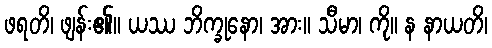
ဖရတိ၊ ဖျန်း၏။ ယဿ ဘိက္ခုနော၊ အား။ သီမာ၊ ကို။ န နာယတိ၊